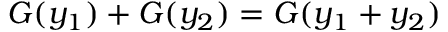
G ( y _ { 1 } ) + G ( y _ { 2 } ) = G ( y _ { 1 } + y _ { 2 } )